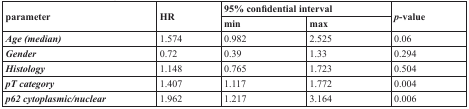
<table><thead><tr><td rowspan="2"><b>parameter</b></td><td rowspan="2"><b>HR</b></td><td colspan="2"><b>95% confidential interval</b></td><td rowspan="2"><b><i>p</i>-value</b></td></tr><tr><td><b>min</b></td><td><b>max</b></td></tr></thead><tbody><tr><td><b><i>Age (median)</i></b></td><td>1.574</td><td>0.982</td><td>2.525</td><td>0.06</td></tr><tr><td><b><i>Gender</i></b></td><td>0.72</td><td>0.39</td><td>1.33</td><td>0.294</td></tr><tr><td><b><i>Histology</i></b></td><td>1.148</td><td>0.765</td><td>1.723</td><td>0.504</td></tr><tr><td><b><i>pT category</i></b></td><td>1.407</td><td>1.117</td><td>1.772</td><td>0.004</td></tr><tr><td><b><i>p62 cytoplasmic/nuclear</i></b></td><td>1.962</td><td>1.217</td><td>3.164</td><td>0.006</td></tr></tbody></table>